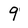
Character: 9